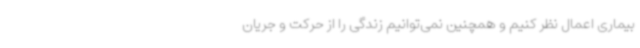
بیماری اعمال نظر کنیم و همچنین نمی‌توانیم زندگی را از حرکت و جریان